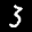
Label: 3